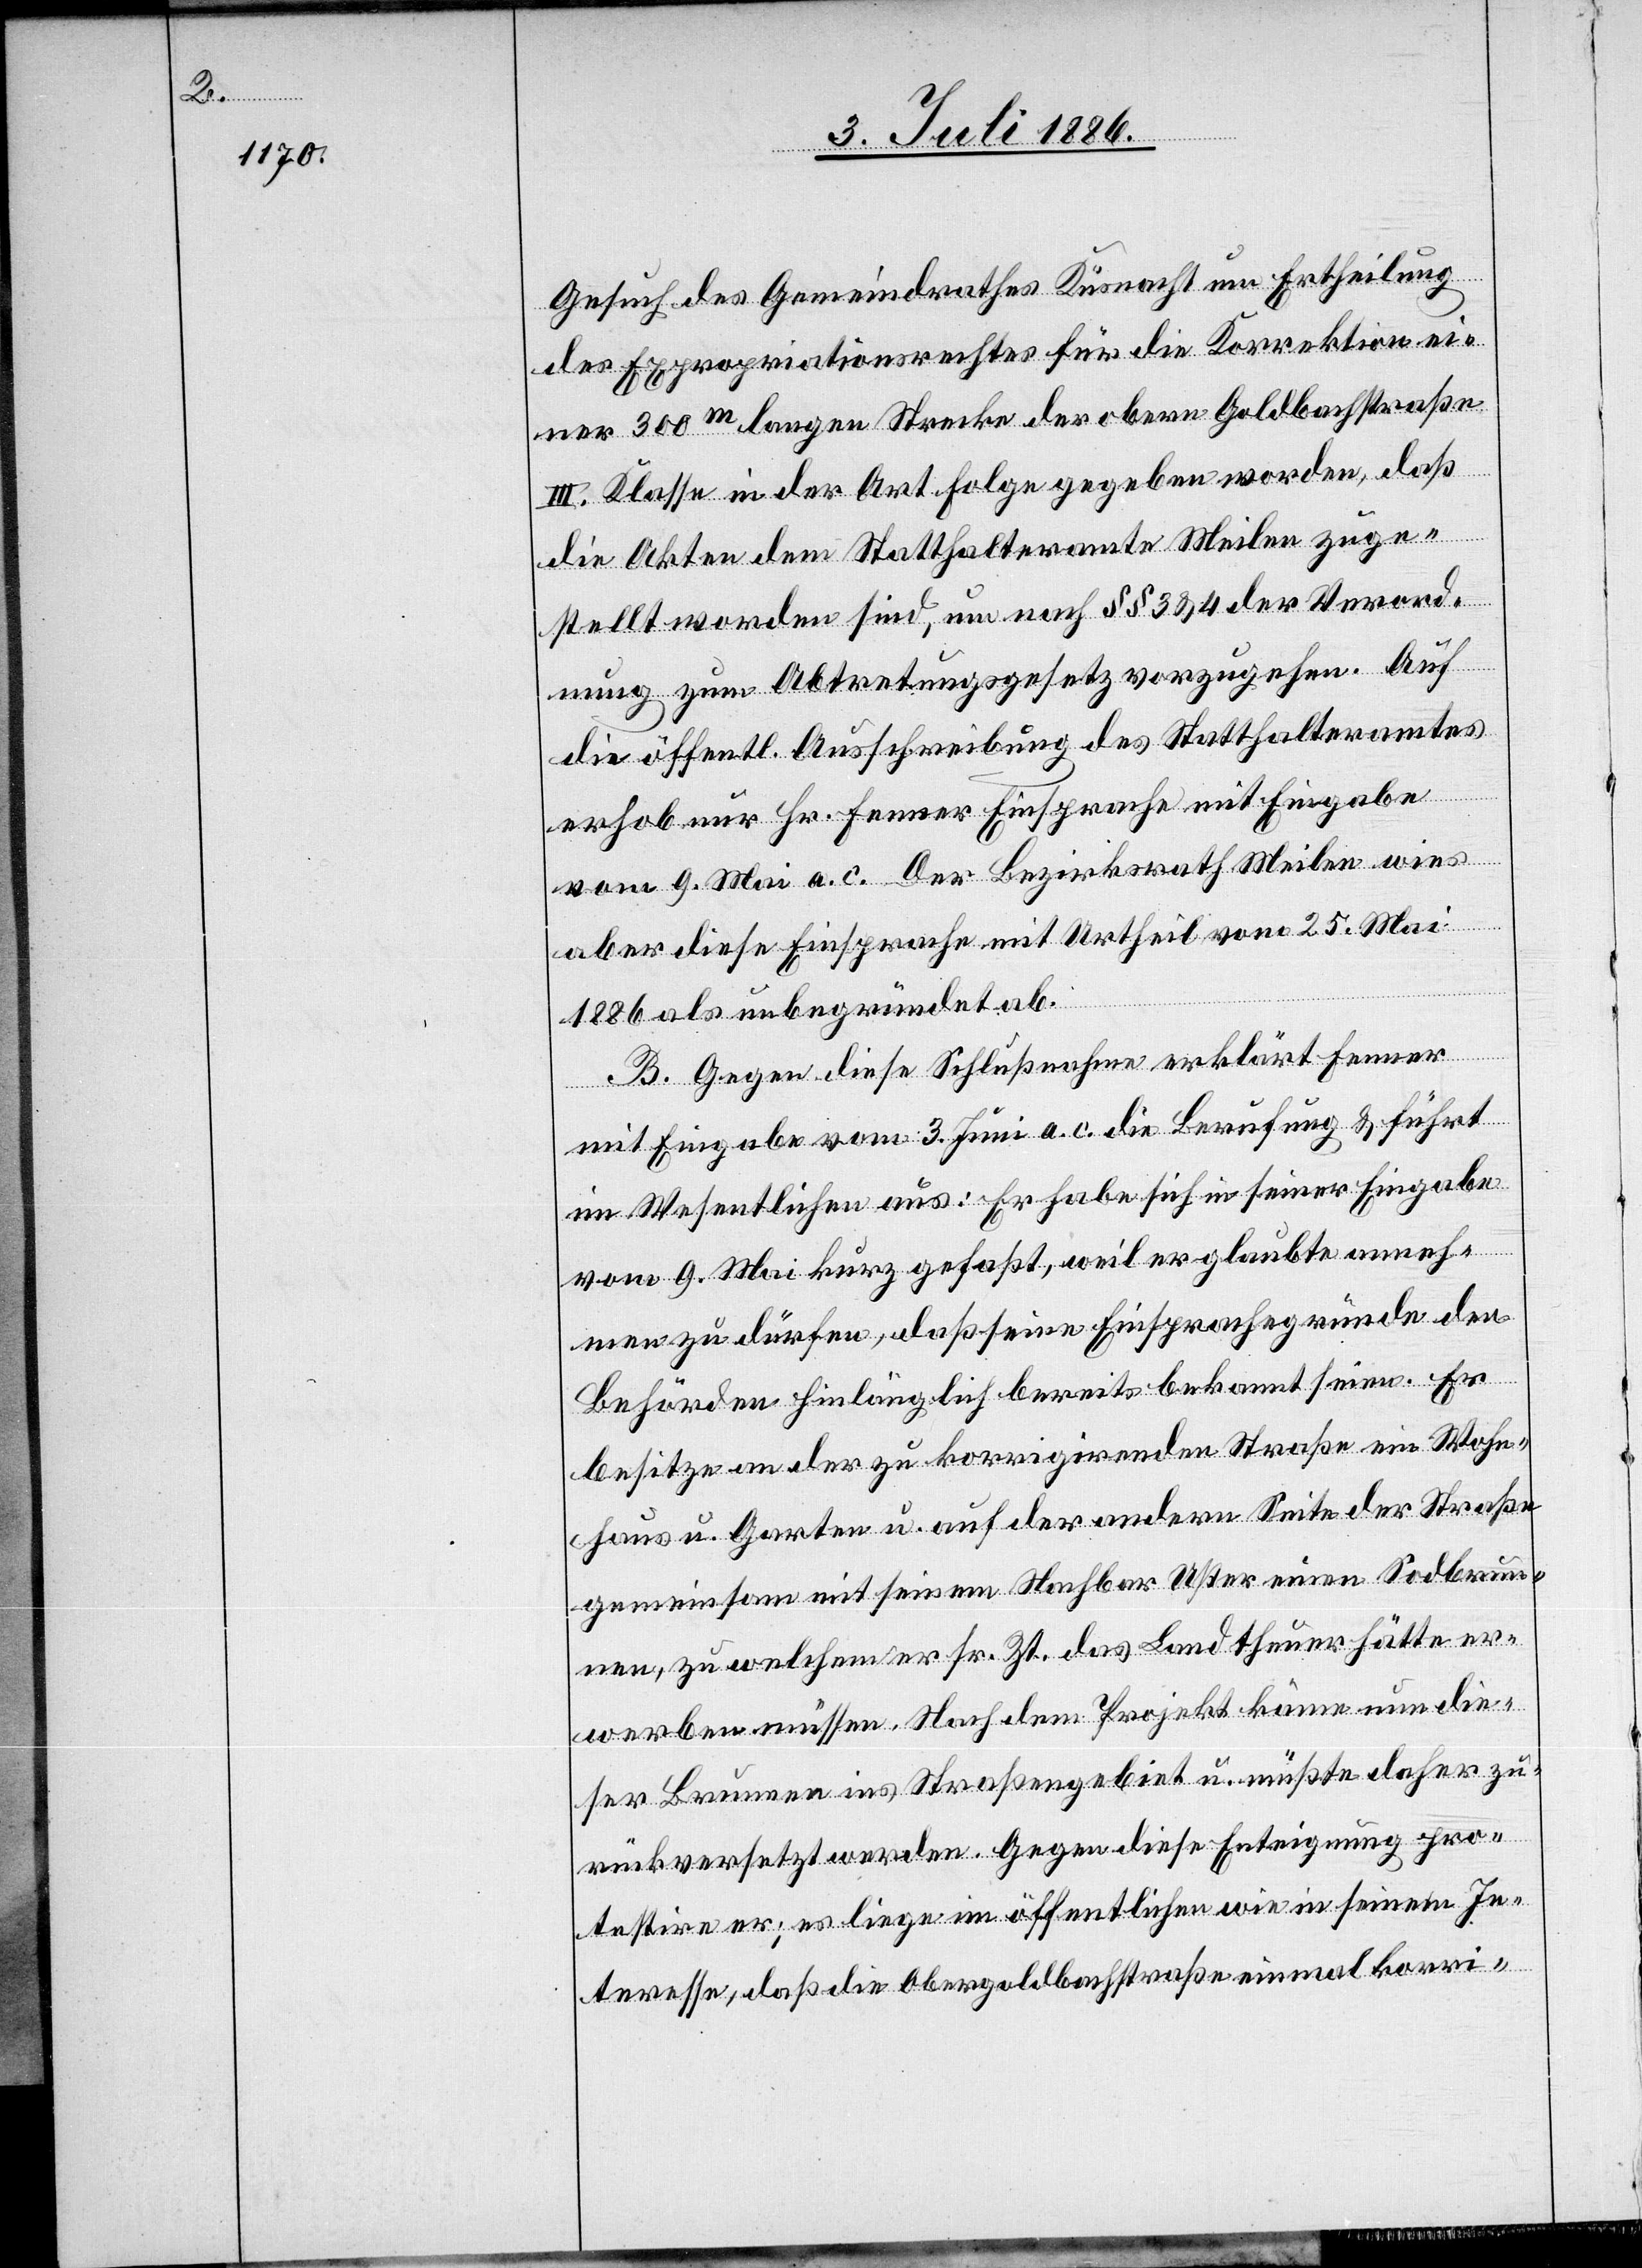
Gesuch

[sic!] des Gemeindrathes Küsnacht um Ertheilung
des Expropriationsrechtes für die Korrektion ei¬
ner 300m langen Strecke der obern Goldbachstraße
III. Klasse in der Art Folge gegeben worden, daß
die Akten dem Statthalteramte Meilen zuge¬
stellt worden sind, um nach §§ 3 & 4 der Verord¬
nung zum Abtretungsgesetz vorzugehen. Auf
die öffentl. Ausschreibung des Statthalteramtes
erhob nur Hr. Fenner Einsprache mit Eingabe
vom 9. Mai a. c. Der Bezirksrath Meilen wies
aber diese Einsprache mit Urtheil vom 25. Mai
1886 als unbegründet ab.
B. Gegen diese Schlußnahme erklärt Fenner
mit Eingabe vom 3. Juni a. c. die Berufung & führt
im Wesentlichen aus: Er habe sich in seiner Eingabe
vom 9. Mai kurz gefaßt, weil er glaubte anneh¬
men zu dürfen, daß seine Einsprachegründe den
Behörden hinlänglich bereits bekannt seien. Er
besitze an der zu korrigirenden Straße ein Wohn¬
haus u. Garten u. auf der andern Seite der Straße
gemeinsam mit seinem Nachbar Uster einen Sodbrun¬
nen, zu welchem er sr. Zt. das Land theuer hätte er¬
werben müssen. Nach dem Projekt käme nun die¬
ser Brunnen ins Straßengebiet u. müßte daher zu¬
rückversetzt werden. Gegen diese Enteignung pro¬
testire er; es liege im öffentlichen wie in seinem In¬
teresse, daß die Obergoldbachstraße einmal korri-